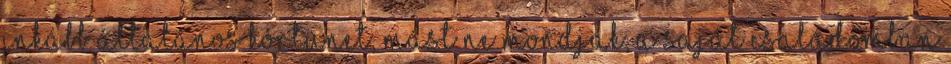
inkább általános kórtünet, mást ne mondjak, a saját családomban